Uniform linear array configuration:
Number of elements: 16
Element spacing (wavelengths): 1
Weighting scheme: blackman
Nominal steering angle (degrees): -15
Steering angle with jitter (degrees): -16.522
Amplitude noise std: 0.05
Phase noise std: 0.05

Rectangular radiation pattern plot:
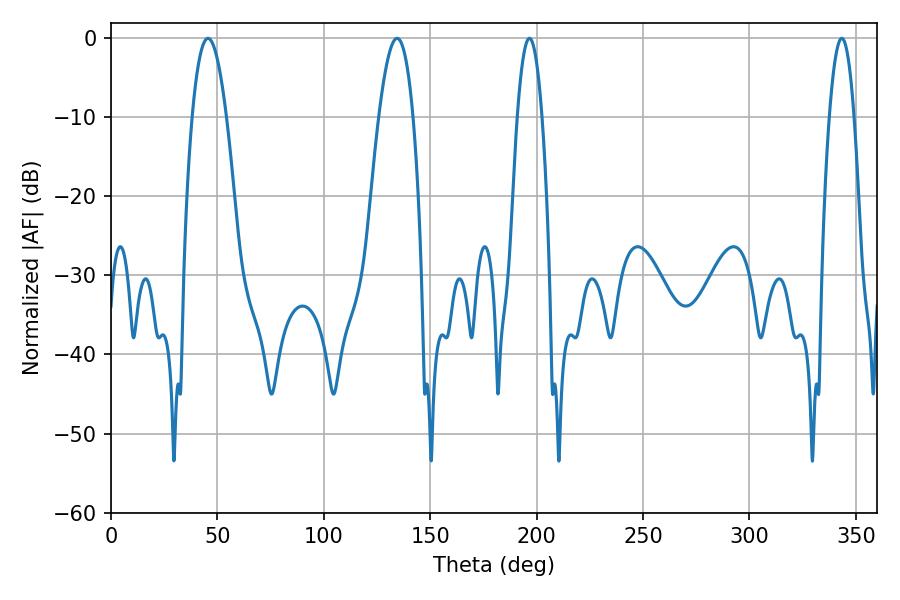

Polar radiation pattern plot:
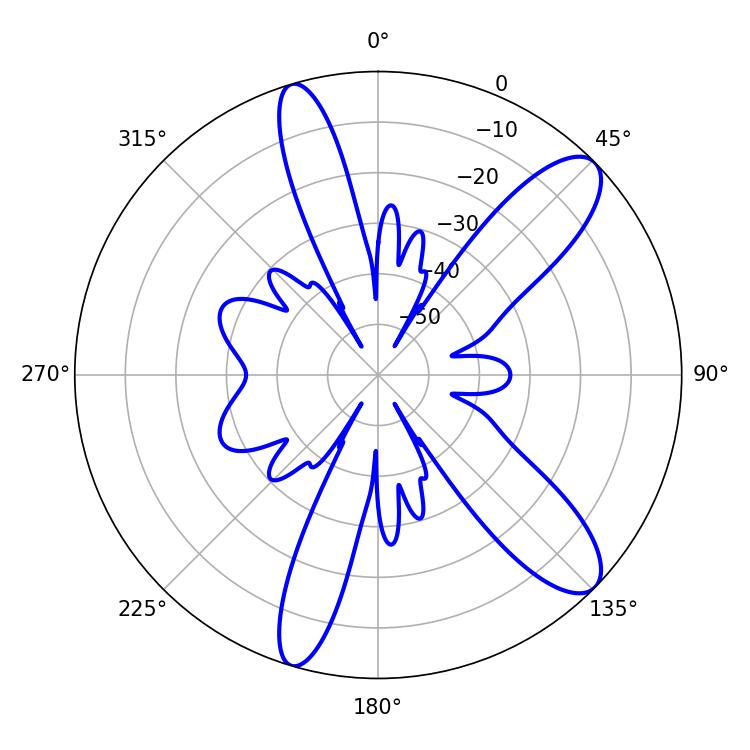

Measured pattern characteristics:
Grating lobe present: TRUE
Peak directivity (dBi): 10.753
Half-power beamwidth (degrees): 8.82
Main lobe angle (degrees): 45.54